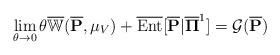
LaTeX: \begin{align*} \lim_{\theta \to 0} \theta \overline{\mathbb{W}}( \overline{\mathbf{P}}, \mu_{V}) + \overline{\rm Ent}[ \overline{\mathbf{P}} | \overline{\mathbf{\Pi}}^{1}] = \mathcal{G}( \overline{\mathbf{P}})\end{align*}